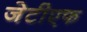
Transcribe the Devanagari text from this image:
जेटीएफ